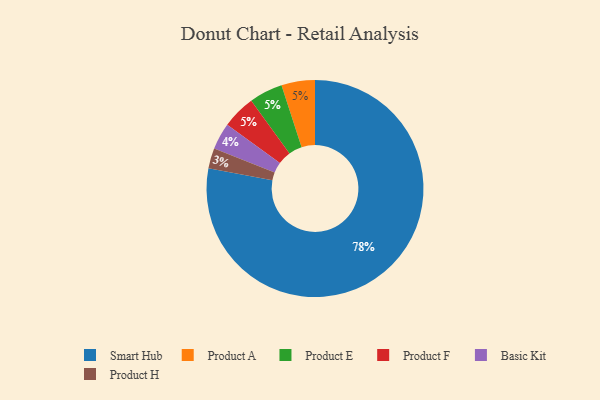
{"axis": {"x": "Category", "y": "Percentage"}, "legend": ["Basic Kit", "Product A", "Product E", "Product F", "Product H", "Smart Hub"], "data": [{"x": "Product H", "y": 3, "type": "Product H"}, {"x": "Product A", "y": 5, "type": "Product A"}, {"x": "Basic Kit", "y": 4, "type": "Basic Kit"}, {"x": "Smart Hub", "y": 78, "type": "Smart Hub"}, {"x": "Product E", "y": 5, "type": "Product E"}, {"x": "Product F", "y": 5, "type": "Product F"}]}